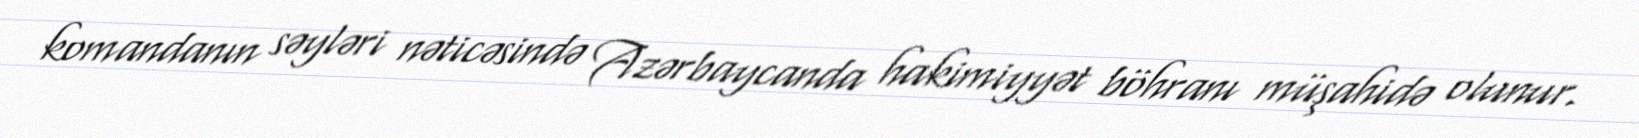
komandanın səyləri nəticəsində Azərbaycanda hakimiyyət böhranı müşahidə olunur.